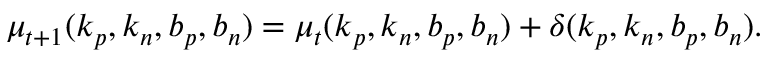
\begin{array} { r } { \mu _ { t + 1 } ( k _ { p } , k _ { n } , b _ { p } , b _ { n } ) = \mu _ { t } ( k _ { p } , k _ { n } , b _ { p } , b _ { n } ) + \delta ( k _ { p } , k _ { n } , b _ { p } , b _ { n } ) . } \end{array}